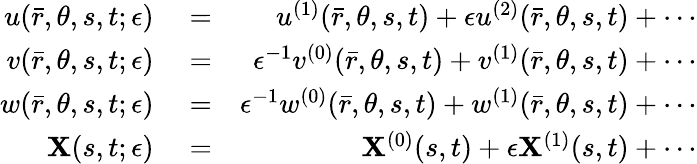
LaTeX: \begin{array}{rlr}{u(\bar{r},\theta,s,t;\epsilon)}&{{}=}&{u^{(1)}(\bar{r},\theta,s,t)+\epsilon u^{(2)}(\bar{r},\theta,s,t)+\cdots}\\ {v(\bar{r},\theta,s,t;\epsilon)}&{{}=}&{\epsilon^{-1}v^{(0)}(\bar{r},\theta,s,t)+v^{(1)}(\bar{r},\theta,s,t)+\cdots}\\ {w(\bar{r},\theta,s,t;\epsilon)}&{{}=}&{\epsilon^{-1}w^{(0)}(\bar{r},\theta,s,t)+w^{(1)}(\bar{r},\theta,s,t)+\cdots}\\ {\mathbf{X}(s,t;\epsilon)}&{{}=}&{\mathbf{X}^{(0)}(s,t)+\epsilon\mathbf{X}^{(1)}(s,t)+\cdots}\end{array}